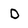
Character: D